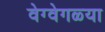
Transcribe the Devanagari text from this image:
वेग्वेगळ्या